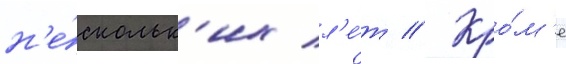
н'е́скольк'их л'е́т // Кро́м'е